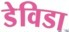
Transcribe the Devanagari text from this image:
डेविडा